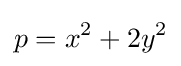
p=x^{2}+2y^{2}